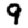
Digit: 9